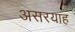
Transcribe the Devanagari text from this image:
असरयाह